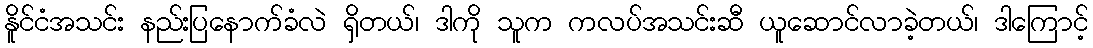
နိူင်ငံအသင်း နည်းပြနောက်ခံလဲ ရှိတယ်၊ ဒါကို သူက ကလပ်အသင်းဆီ ယူဆောင်လာခဲ့တယ်၊ ဒါကြောင့်